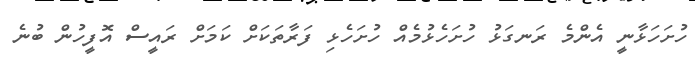
ހުށަހަޅާނީ އެންމެ ރަނގަޅު ހުށަހެޅުމެއް ހުށަހެޅި ފަރާތަކަށް ކަމަށް ރައީސް އޮފީހުން ބުނެ